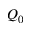
Q _ { 0 }